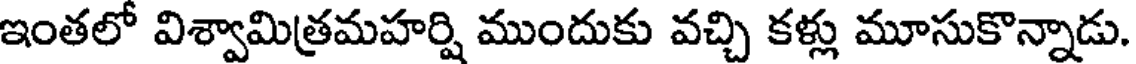
ఇంతలో విశ్వామిత్రమహర్షి ముందుకు వచ్చి కళ్లు మూసుకొన్నాడు.